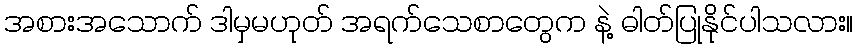
အစားအသောက် ဒါမှမဟုတ် အရက်သေစာတွေက နဲ့ ဓါတ်ပြုနိုင်ပါသလား။